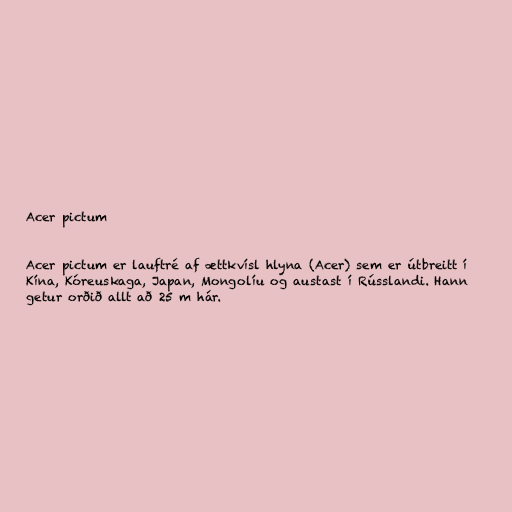
Acer pictum

Acer pictum er lauftré af ættkvísl hlyna (Acer) sem er útbreitt í
Kína, Kóreuskaga, Japan, Mongolíu og austast í Rússlandi. Hann
getur orðið allt að 25 m hár.